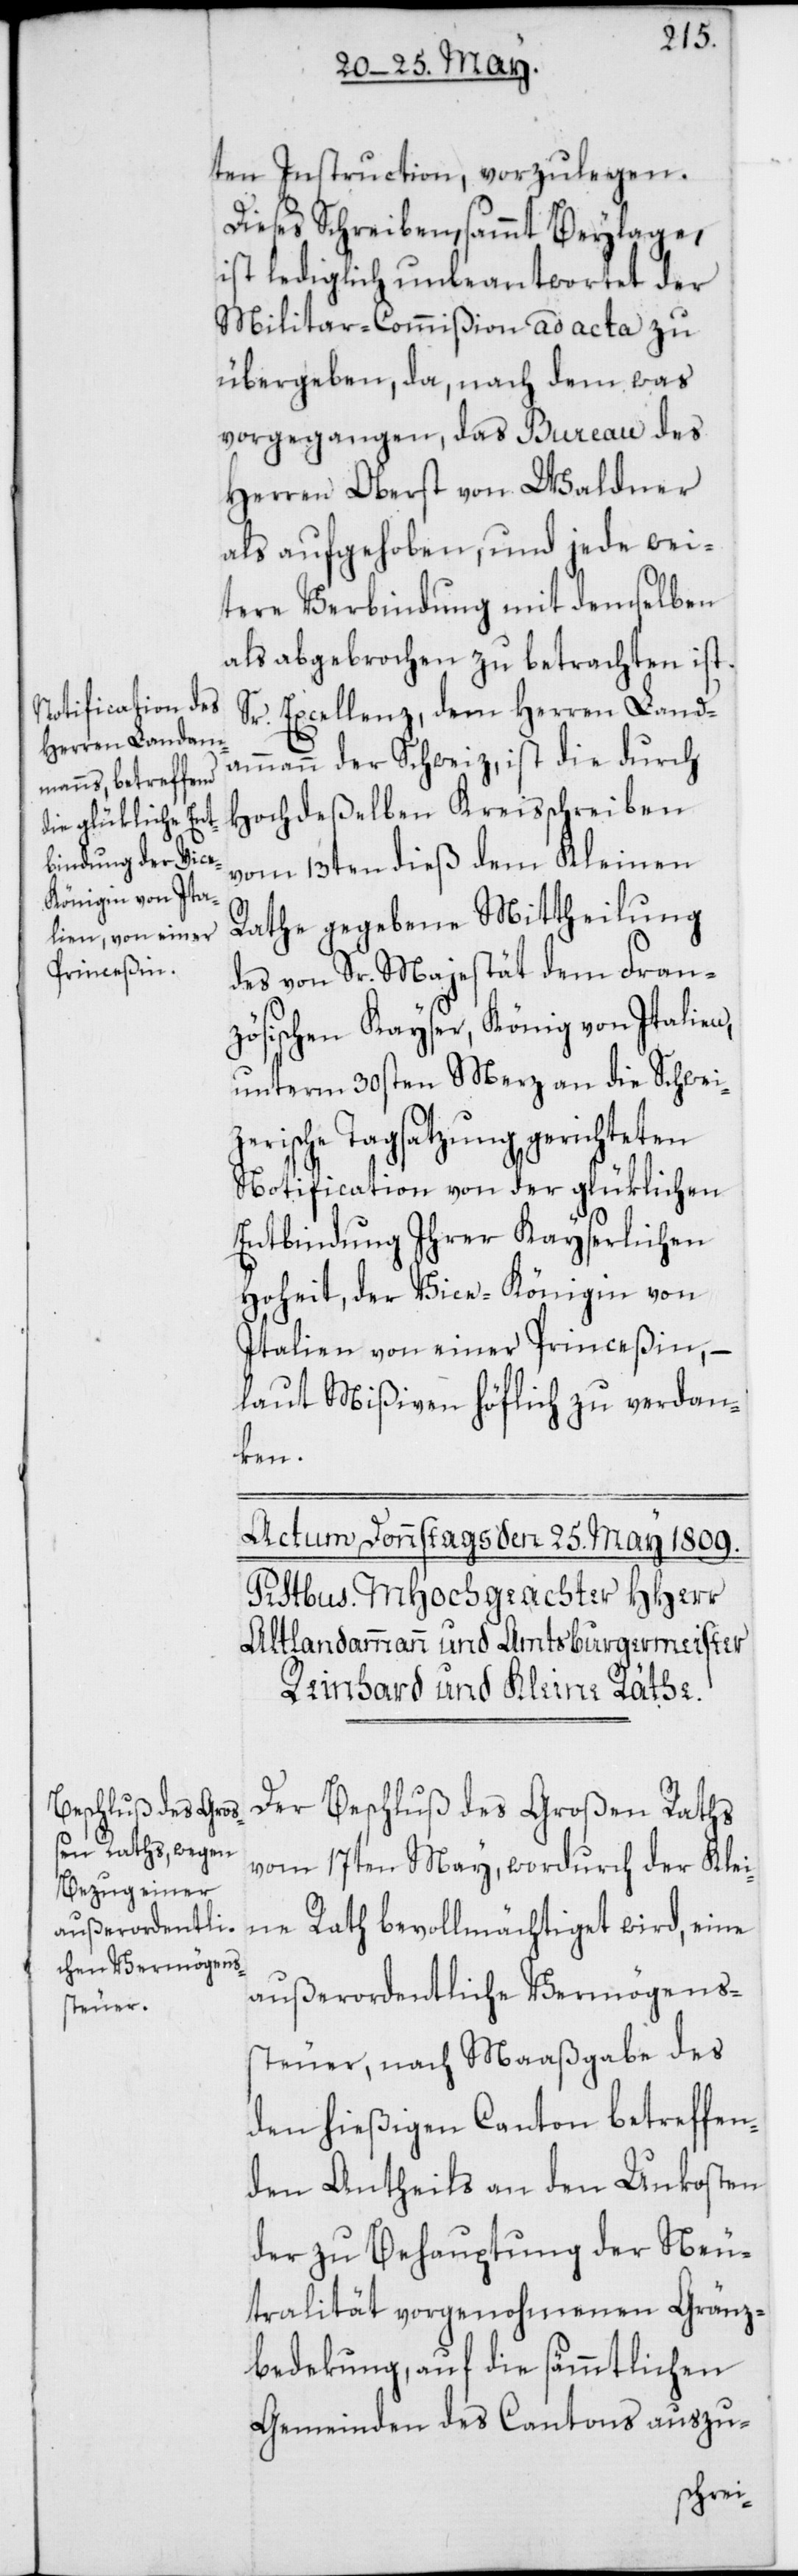
ten Instruction, vorzulegen.
Dieses Schreiben, sammt Beylage,
ist lediglich unbeantwortet der
Militar-Commißion ad acta zu
übergeben, da, nach dem was
vorgegangen, das Bureau des
Herren Oberst von Waldner
als aufgehoben, und jede wei¬
tere Verbindung mit demselben
als abgebrochen zu betrachten ist.
Sr. Excellenz, dem Herren Land¬
ammann der Schweiz, ist die durch
Hochdeßelben Kreisschreiben
vom 13ten dieß dem Kleinen
Rathe gegebene Mittheilung
des von Sr. Majestät dem Fran¬
zösischen Kayser, König von Italien,
unterm 30sten Merz an die Schwei¬
zerische Tagsatzung gerichteten
Notification von der glüklichen
Entbindung Ihrer Kayserlichen
Hoheit, der Vice-Königin von
Italien von einer Princeßin, –
laut Mißiven höflich zu verdan¬
ken.
Der Beschluß des Großen Raths
vom 17ten May, wordurch der Klei¬
ne Rath bevollmächtiget wird, eine
außerordentliche Vermögens¬
steuer, nach Maaßgabe des
den hießigen Canton betreffen¬
den Antheils an den Unkosten
der zu Behauptung der Neu¬
tralität vorgenohmenen Gränz¬
bedeckung, auf die sämmtlichen
Gemeinden des Cantons auszu-